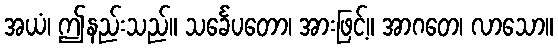
အယံ၊ ဤနည်းသည်။ သင်္ခေပတော၊ အားဖြင့်။ အာဂတေ၊ လာသော။